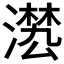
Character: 𣽕